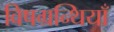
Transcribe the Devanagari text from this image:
विषग्रन्थियाँ